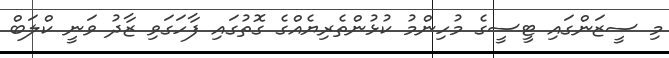
މި ސީޒަންގައި ޓީސީގެ މުހިންމު ކުޅުންތެރިޔެއްގެ ގޮތުގައި ފާހަގަވި ޒާދު ވަނީ ކްލަބް